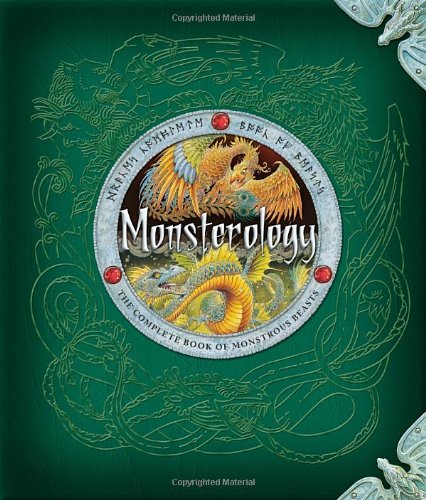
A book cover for Monsterology: The Complete Book of Monstrous Beasts; Dr. Ernest Drake; Children's Books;